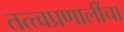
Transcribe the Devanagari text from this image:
तत्त्वप्रणालींचा